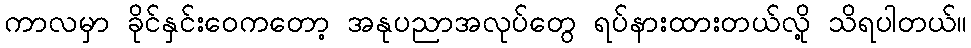
ကာလမှာ ခိုင်နှင်းဝေကတော့ အနုပညာအလုပ်တွေ ရပ်နားထားတယ်လို့ သိရပါတယ်။